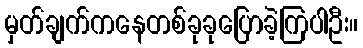
မှတ်ချက်ကနေတစ်ခုခုပြောခဲ့ကြပါဦး။